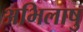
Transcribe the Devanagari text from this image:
अभिलाषु